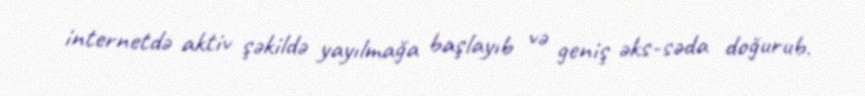
internetdə aktiv şəkildə yayılmağa başlayıb və geniş əks-səda doğurub.